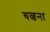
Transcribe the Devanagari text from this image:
बल्बना